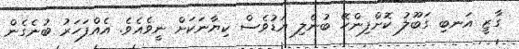
ގާޒީ އަނބި ގަބޫލު ކޮށްފިންހޭ ބުނެލި އަޑުވެސް ކިޔާނަކަށް ނީވެއެވެ. އެއްފަހަރު ބުނެގެން